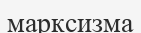
марксизма